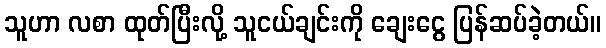
သူဟာ လစာ ထုတ်ပြီးလို့ သူငယ်ချင်းကို ချေးငွေ ပြန်ဆပ်ခဲ့တယ်။